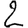
Digit: 2